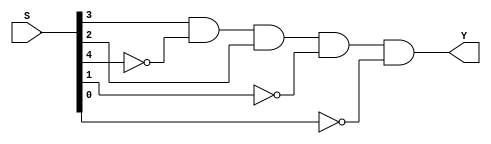
// Copyright (C) 2020  Intel Corporation. All rights reserved.
// Your use of Intel Corporation's design tools, logic functions 
// and other software and tools, and any partner logic 
// functions, and any output files from any of the foregoing 
// (including device programming or simulation files), and any 
// associated documentation or information are expressly subject 
// to the terms and conditions of the Intel Program License 
// Subscription Agreement, the Intel Quartus Prime License Agreement,
// the Intel FPGA IP License Agreement, or other applicable license
// agreement, including, without limitation, that your use is for
// the sole purpose of programming logic devices manufactured by
// Intel and sold by Intel or its authorized distributors.  Please
// refer to the applicable agreement for further details, at
// https://fpgasoftware.intel.com/eula.

// PROGRAM		"Quartus Prime"
// VERSION		"Version 20.1.1 Build 720 11/11/2020 SJ Lite Edition"
// CREATED		"Thu May 18 12:02:04 2023"

module S12(
	S,
	Y
);


input wire	[4:0] S;
output wire	Y;

wire	SYNTHESIZED_WIRE_0;
wire	SYNTHESIZED_WIRE_1;
wire	SYNTHESIZED_WIRE_2;
wire	SYNTHESIZED_WIRE_3;

assign	SYNTHESIZED_WIRE_0 = 1;



assign	Y = S[3] & SYNTHESIZED_WIRE_0 & SYNTHESIZED_WIRE_1 & S[2] & SYNTHESIZED_WIRE_2 & SYNTHESIZED_WIRE_3;


assign	SYNTHESIZED_WIRE_1 =  ~S[4];

assign	SYNTHESIZED_WIRE_2 =  ~S[1];

assign	SYNTHESIZED_WIRE_3 =  ~S[0];


endmodule